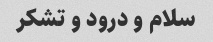
سلام و درود و تشکر